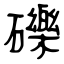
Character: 礫